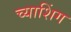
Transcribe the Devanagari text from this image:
च्याशिंग